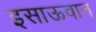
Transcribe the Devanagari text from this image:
इसाऊवान